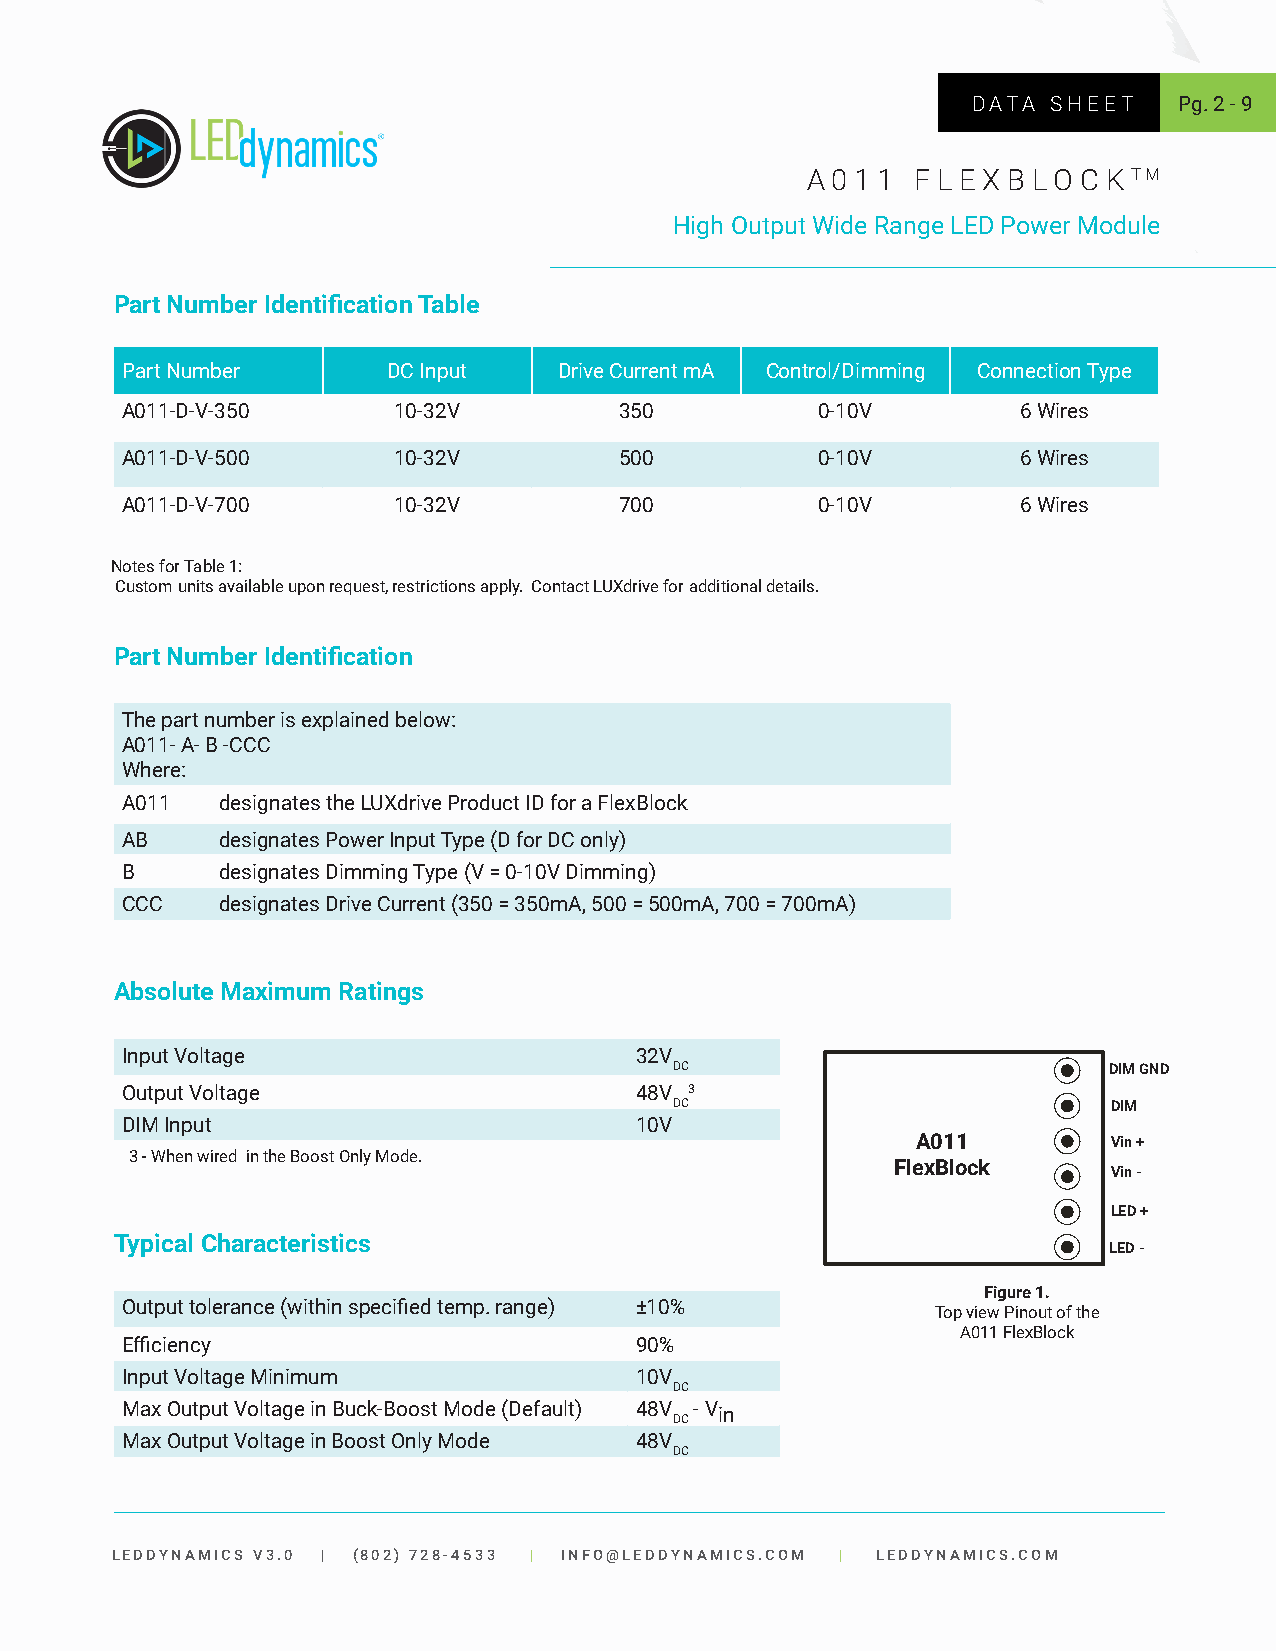
DATA  SHEET   Pg. 2 - 9
 A 0 1 1 F L E X B LO C K TM
 High Output Wide Range LED Power Module
 Part Number Identification Table
 Part Number       DC Input   Drive Current mA Control/Dimming Connection Type
 A011-D-V-350      10-32V         350          0-10V         6 Wires
 A011-D-V-500      10-32V         500          0-10V         6 Wires
 A011-D-V-700      10-32V         700          0-10V         6 Wires
 Notes for Table 1:
 Custom units available upon request, restrictions apply. Contact LUXdrive for additional details.
 Part Number Identification
 The part number is explained below:
 A011- A- B -CCC
 Where:
 A011  designates the LUXdrive Product ID for a FlexBlock
 AB    designates Power Input Type (D for DC only)
 B     designates Dimming Type (V = 0-10V Dimming)
 CCC   designates Drive Current (350 = 350mA, 500 = 500mA, 700 = 700mA)
 Absolute Maximum Ratings
 Input Voltage                     32V
 DC                          DIM GND
 Output Voltage                    48V 3
 DC                          DIM
 DIM Input                         10V
 A011        Vin +
 3 - When wired in the Boost Only Mode.
 FlexBlock
 Vin -
 LED +
 Typical Characteristics
 LED -
 Figure 1.
 Output tolerance (within specified temp. range) ±10%  Top view Pinout of the
 A011 FlexBlock
 Efficiency                        90%
 Input Voltage Minimum             10V
 DC
 Max Output Voltage in Buck-Boost Mode (Default) 48V - Vin
 DC
 Max Output Voltage in Boost Only Mode 48V
 DC
 LEDDYNAMICS V3.0 | (802) 728-4533 | INFO@LEDDYNAMICS.COM | LEDDYNAMICS.COM